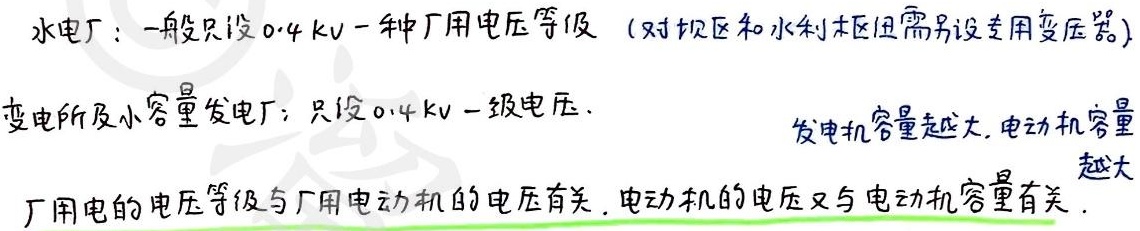
水电厂：一般只设0.4 kV一种厂用电压等级（对坝区和水利枢纽需另设专用变压器）
变电所及小容量发电厂：只设0.4 kV一级电压.
发电机容量越大, 电动机容量越大
厂用电的电压等级与厂用电动机的电压有关. 电动机的电压又与电动机容量有关.